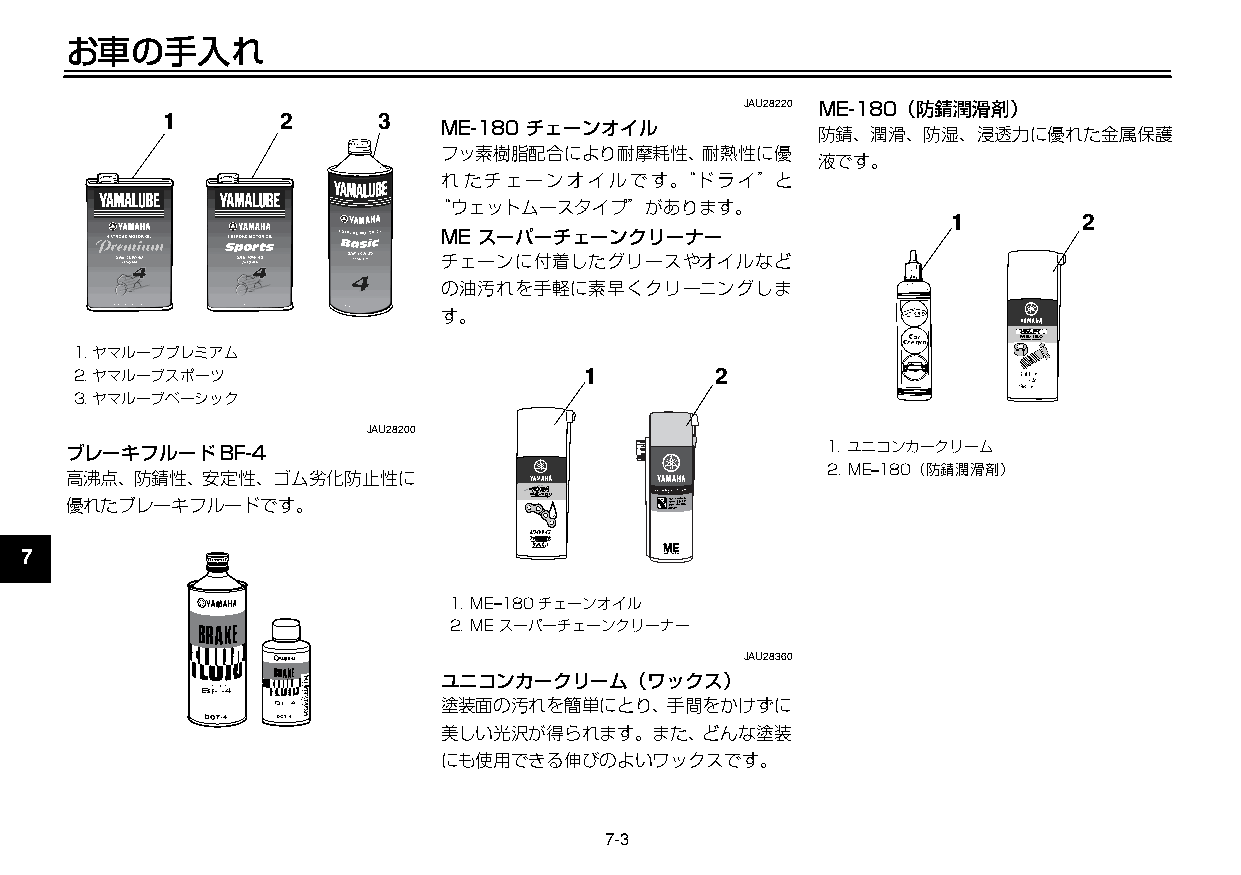
U3C5J7J0 3ページ ２００９年１１月４日 水曜日 午前９時４７分
 お車の手入れ
 JAU28220 ME-180（防錆潤滑剤）
 1       2     3
 ME-180 チェーンオイル
 防錆、潤滑、防湿、浸透力に優れた金属保護
 フッ素樹脂配合により耐摩耗性、耐熱性に優
 液です。
 れたチェーンオイルです。“ドライ”と
 1
 “ウェットムースタイプ”があります。
 1        2
 ME スーパーチェーンクリーナー
 2                          チェーンに付着したグリースやオイルなど
 の油汚れを手軽に素早くクリーニングしま
 3                          す。
 1.ヤマルーブプレミアム
 4  2.ヤマルーブスポーツ                       1       2
 3.ヤマルーブベーシック
 5                     JAU28200
 ブレーキフルードBF-4                                      1.ユニコンカークリーム
 2.ME– 180（防錆潤滑剤）
 高沸点、防錆性、安定性、ゴム劣化防止性に
 6
 優れたブレーキフルードです。
 7
 1.ME– 180チェーンオイル
 8
 2.MEスーパーチェーンクリーナー
 JAU28360
 9
 ユニコンカークリーム（ワックス）
 塗装面の汚れを簡単にとり、手間をかけずに
 美しい光沢が得られます。また、どんな塗装
 にも使用できる伸びのよいワックスです。
 7-3